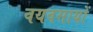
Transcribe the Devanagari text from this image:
वयवसायों